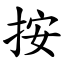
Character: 按